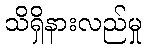
သိရှိနားလည်မှု